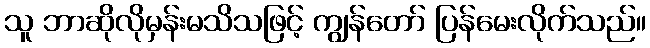
သူ ဘာဆိုလိုမှန်းမသိသဖြင့် ကျွန်တော် ပြန်မေးလိုက်သည်။